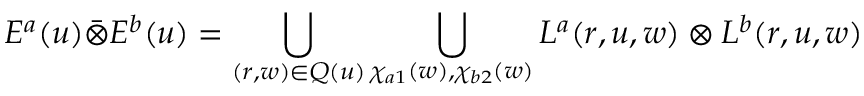
E ^ { a } ( u ) \Bar { \otimes } E ^ { b } ( u ) = \bigcup _ { ( r , w ) \in Q ( u ) } \bigcup _ { \chi _ { a 1 } ( w ) , \chi _ { b 2 } ( w ) } L ^ { a } ( r , u , w ) \otimes L ^ { b } ( r , u , w )